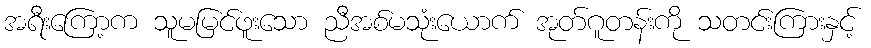
အရီးကြော့က သူမမြင်ဖူးသော ညီအစ်မသုံးယောက် အုတ်ဂူတန်းကို သတင်းကြားနှင့်